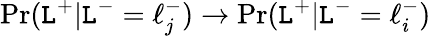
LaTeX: \operatorname*{Pr}(\mathtt{L}^{+}|\mathtt{L}^{-}=\ell_{j}^{-})\rightarrow\operatorname*{Pr}(\mathtt{L}^{+}|\mathtt{L}^{-}=\ell_{i}^{-})